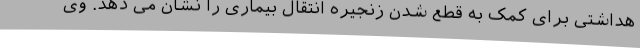
هداشتی برای کمک به قطع شدن زنجیره انتقال بیماری را نشان می دهد. وی